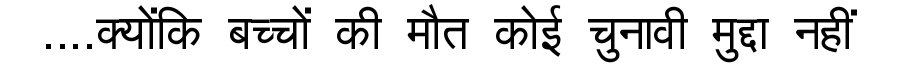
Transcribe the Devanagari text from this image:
....क्योंकि बच्चों की मौत कोई चुनावी मुद्दा नहीं